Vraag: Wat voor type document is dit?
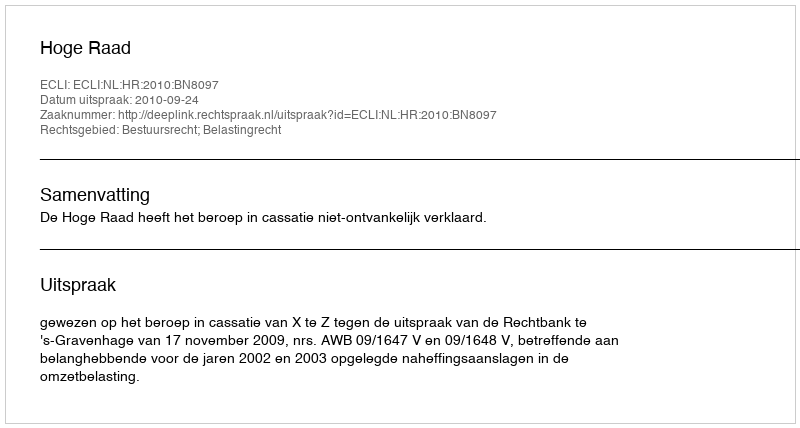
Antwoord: Uitspraak